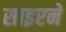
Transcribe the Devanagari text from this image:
साइरने